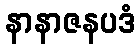
နာနာဇနပဒံ